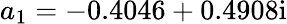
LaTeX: a_{1}=-0.4046+0.4908\mathrm{i}